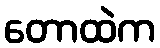
တောထဲက